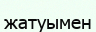
жатуымен